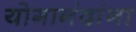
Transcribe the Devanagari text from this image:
योगानंदांना